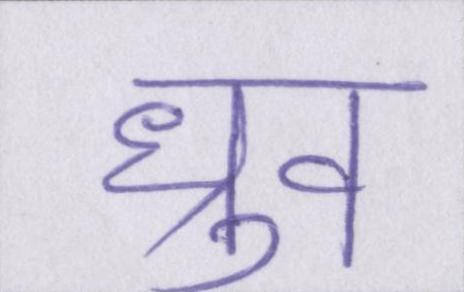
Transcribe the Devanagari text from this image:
ध्रुव